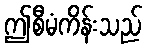
ဤစီမံကိန်းသည်